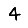
Digit: 4